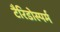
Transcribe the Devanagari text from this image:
टैरिडोस्पर्म